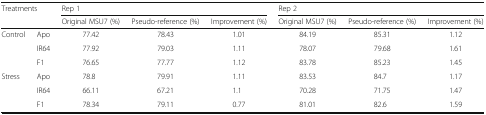
| <ROWSPAN=2-COLSPAN=2> Treatments | <COLSPAN=3> Rep 1 | <COLSPAN=3> Rep 2 |
 | Original MSU7 (%) | Pseudo-reference (%) | Improvement (%) | Original MSU7 (%) | Pseudo-reference (%) | Improvement (%) |
 | --- | --- | --- | --- | --- | --- | --- | --- |
 | <ROWSPAN=3> Control | Apo | 77.42 | 78.43 | 1.01 | 84.19 | 85.31 | 1.12 |
 | IR64 | 77.92 | 79.03 | 1.11 | 78.07 | 79.68 | 1.61 |
 | F1 | 76.65 | 77.77 | 1.12 | 83.78 | 85.23 | 1.45 |
 | <ROWSPAN=3> Stress | Apo | 78.8 | 79.91 | 1.11 | 83.53 | 84.7 | 1.17 |
 | IR64 | 66.11 | 67.21 | 1.1 | 70.28 | 71.75 | 1.47 |
 | F1 | 78.34 | 79.11 | 0.77 | 81.01 | 82.6 | 1.59 |